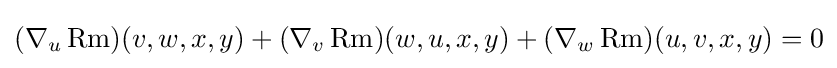
(\nabla _{u}\operatorname {Rm} )(v,w,x,y)+(\nabla _{v}\operatorname {Rm} )(w,u,x,y)+(\nabla _{w}\operatorname {Rm} )(u,v,x,y)=0